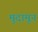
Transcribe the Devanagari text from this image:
मुदामून